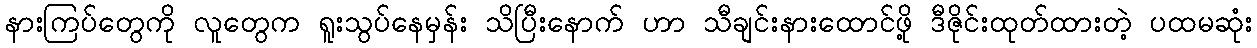
နားကြပ်တွေကို လူတွေက ရူးသွပ်နေမှန်း သိပြီးနောက် ဟာ သီချင်းနားထောင်ဖို့ ဒီဇိုင်းထုတ်ထားတဲ့ ပထမဆုံး